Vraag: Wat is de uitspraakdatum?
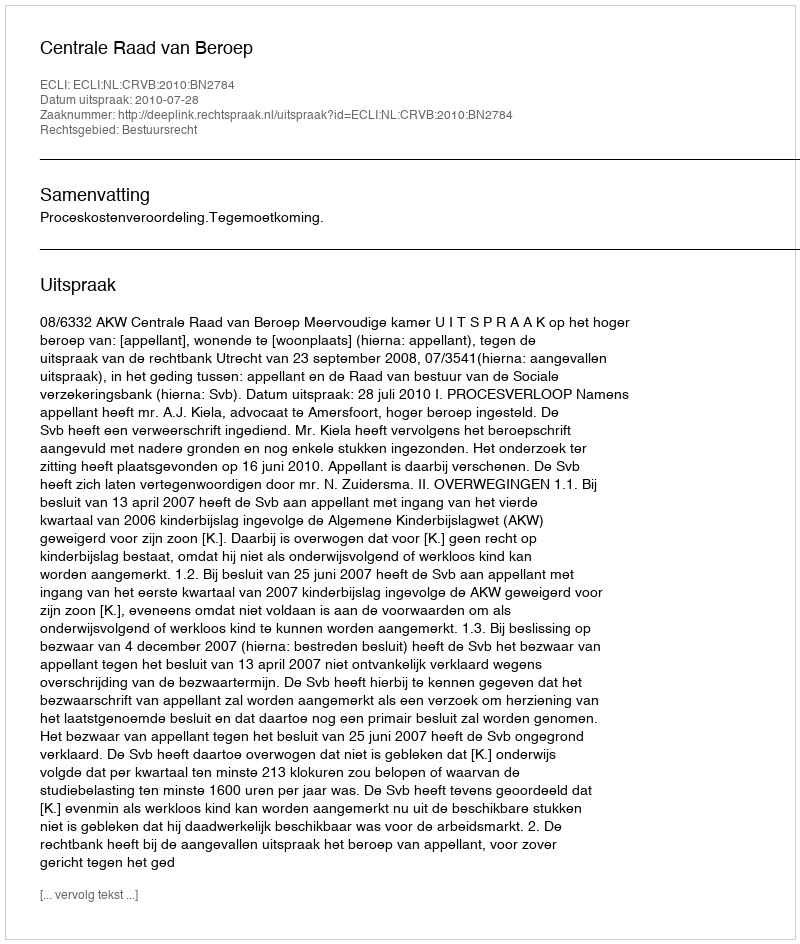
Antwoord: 2010-07-28